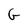
Character: G